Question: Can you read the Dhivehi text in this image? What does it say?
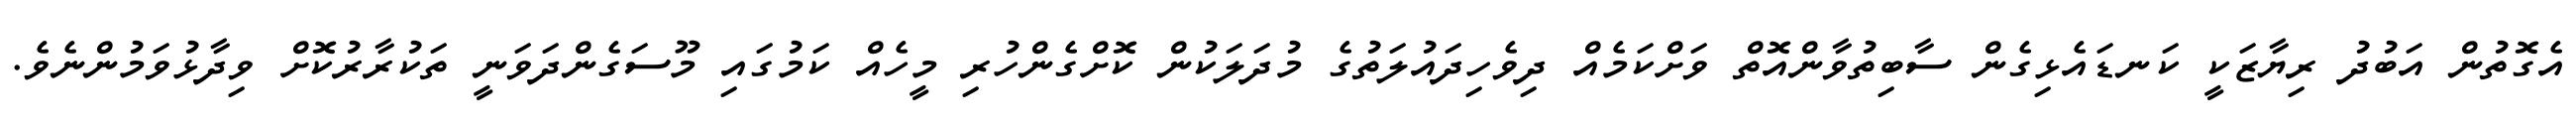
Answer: އެގޮތުން އަބުދު ރިޔާޒަކީ ކަނޑައެޅިގެން ސާބިތުވާންއޮތް ވަށްކަމެއް ދިވެހިދައުލަތުގެ މުދަލަކުން ކޮށްގެންހުރި މީހެއް ކަމުގައި މޫސަގެންދަވަނީ ތަކުރާރުކޮށް ވިދާޅުވަމުންނެވެ.